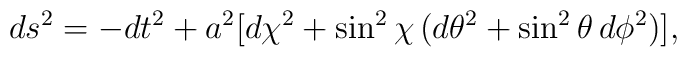
ds^2= -dt^2+a^2[d\chi^2+\sin^2 \chi \,(d\theta^2+\sin^2\theta \,d\phi^2)],